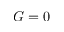
G = 0